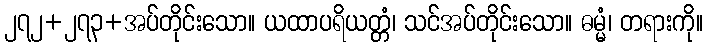
၂၇၂+၂၇၃+အပ်တိုင်းသော။ ယထာပရိယတ္တံ၊ သင်အပ်တိုင်းသော။ ဓမ္မံ၊ တရားကို။